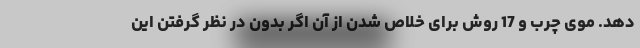
دهد. موی چرب و 17 روش برای خلاص شدن از آن اگر بدون در نظر گرفتن این